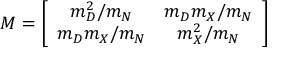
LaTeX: { \cal M } = \left[ \begin{array} { c c } { { m _ { D } ^ { 2 } / m _ { N } } } & { { m _ { D } m _ { X } / m _ { N } } } \\ { { m _ { D } m _ { X } / m _ { N } } } & { { m _ { X } ^ { 2 } / m _ { N } } } \end{array} \right]